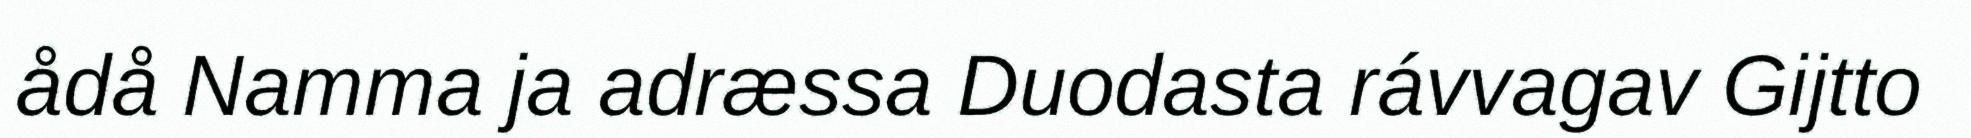
ådå Namma ja adræssa Duodasta rávvagav Gijtto